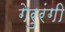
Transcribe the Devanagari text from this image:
गेरुरंगी